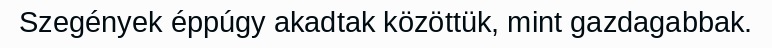
Szegények éppúgy akadtak közöttük, mint gazdagabbak.